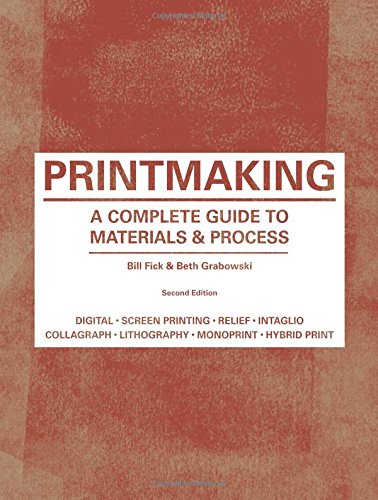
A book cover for Printmaking: A Complete Guide to Materials & Processes; Bill Fick; Arts & Photography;